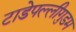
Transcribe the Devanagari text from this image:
टाडेपल्लीगुडम